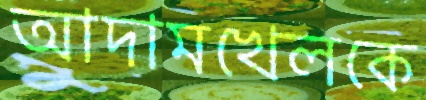
আদামখেলকে